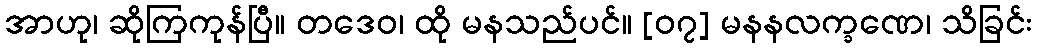
အာဟု၊ ဆိုကြကုန်ပြီ။ တဒေဝ၊ ထို မနသည်ပင်။ [၀၇] မနနလက္ခဏေ၊ သိခြင်း